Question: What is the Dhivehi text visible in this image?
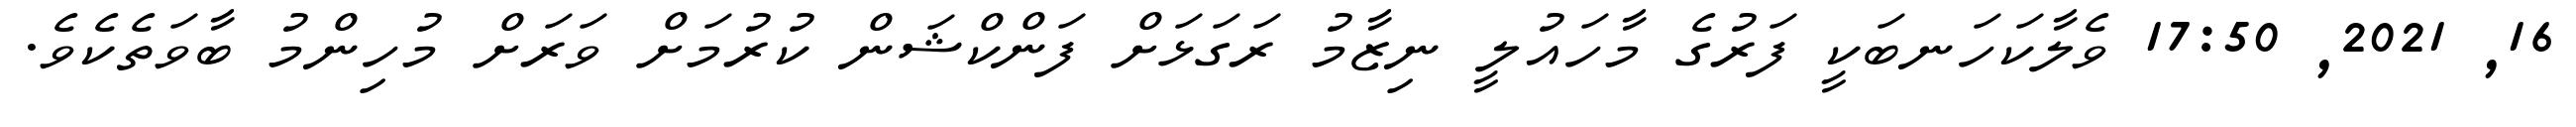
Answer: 16, 2021, 17:50 ވެލާކަހަނބަކީ ފަރުގެ މާހައުލީ ނިޒާމު ރަގަޅަށް ފަންކްޝަން ކުރުމަށް ވަރަށް މުހިންމު ބާވަތެކެވެ.